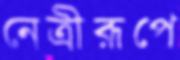
নেত্রীরূপে